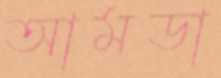
আমডা